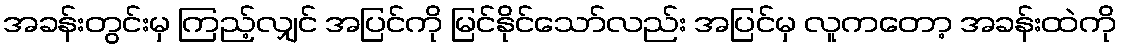
အခန်းတွင်းမှ ကြည့်လျှင် အပြင်ကို မြင်နိုင်သော်လည်း အပြင်မှ လူကတော့ အခန်းထဲကို